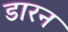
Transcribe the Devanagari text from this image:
डारन